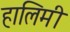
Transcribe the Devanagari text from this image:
हालिमी